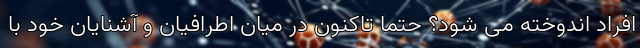
افراد اندوخته می شود؟ حتما تاکنون در میان اطرافیان و آشنایان خود با